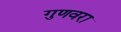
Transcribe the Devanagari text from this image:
गुणवरा